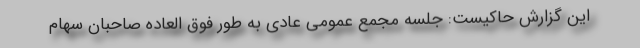
این گزارش حاکیست: جلسه مجمع عمومی عادی به طور فوق العاده صاحبان سهام